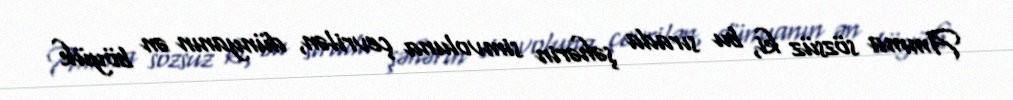
Amma sözsüz ki, bu sırada şəhərin simvoluna çevrilən, dünyanın ən böyük